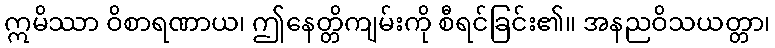
ဣမိဿာ ဝိစာရဏာယ၊ ဤနေတ္တိကျမ်းကို စီရင်ခြင်း၏။ အနညဝိသယတ္တာ၊